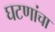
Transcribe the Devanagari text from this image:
घटणांचा